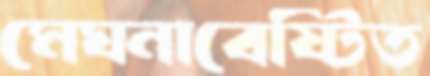
মেঘনাবেষ্টিত